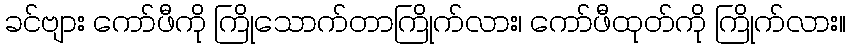
ခင်ဗျား ကော်ဖီကို ကြိုသောက်တာကြိုက်လား၊ ကော်ဖီထုတ်ကို ကြိုက်လား။